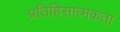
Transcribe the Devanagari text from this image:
प्रतिहिंसात्मकता